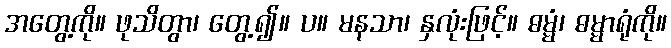
အတွေ့ကို။ ဖုသိတွာ၊ တွေ့၍။ ပ။ မနသာ၊ နှလုံးဖြင့်။ ဓမ္မံ၊ ဓမ္မာရုံကို။